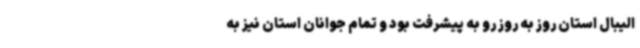
الیبال استان روز به روز رو به پیشرفت بود و تمام جوانان استان نیز به